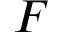
F